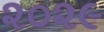
૨૦૨૯